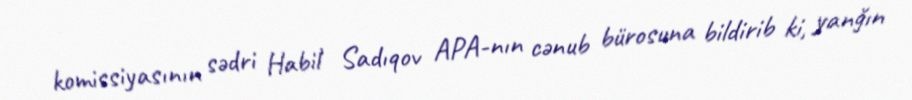
komissiyasının sədri Habil Sadıqov APA-nın cənub bürosuna bildirib ki, yanğın